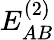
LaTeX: E_{AB}^{(2)}